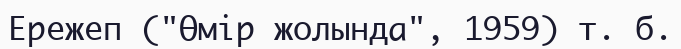
Ережеп ("Өмір жолында", 1959) т. б.